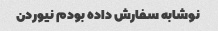
نوشابه سفارش داده بودم نیوردن